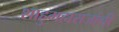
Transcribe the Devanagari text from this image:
शाहुमहाराजांची